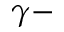
\gamma -